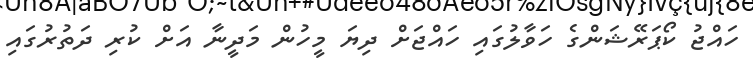
ހައްޖު ކޯޕަރޭޝަންގެ ހަވާލުގައި ހައްޖަށް ދިޔަ މީހުން މަދީނާ އަށް ކުރި ދަތުރުގައި